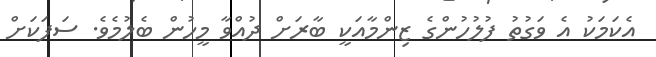
އެކަމަކު އެ ވަގުތު ފުލުހުންގެ ޒިންމާއަކީ ބާރަށް ދުއްވާ މީހުން ބެލުމެވެ. ސަފަކަށް